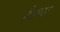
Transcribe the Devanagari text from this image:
हैद्वारा